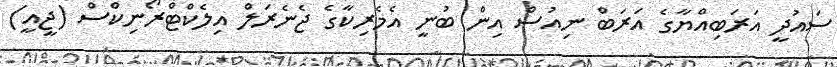
ސައުދީ އަރަބިއްޔާގެ އަރަބް ނިއުސް އިން ބުނީ އެމެރިކާގެ ޖެނެރަލް އިލެކްޓްރޯނިކްސް (ޖީއީ)